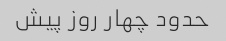
حدود چهار روز پیش